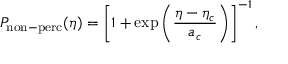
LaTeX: P _ { \mathrm { n o n - p e r c } } ( \eta ) = \left[ 1 + \exp \left( \frac { \eta - \eta _ { c } } { a _ { c } } \right) \right] ^ { - 1 } ,